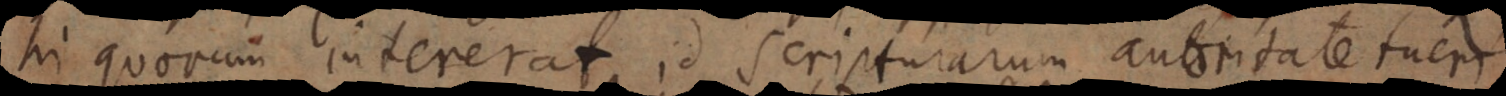
hi quorum intererat id scripturarum autoritate tueri